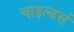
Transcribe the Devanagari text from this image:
चाइल्डर्स